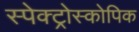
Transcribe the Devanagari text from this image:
स्पेक्ट्रोस्कोपिक